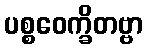
ပစ္စဝေက္ခိတဗ္ဗာ